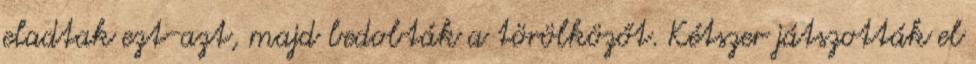
eladtak ezt-azt, majd bedobták a törölközőt. Kétszer játszották el